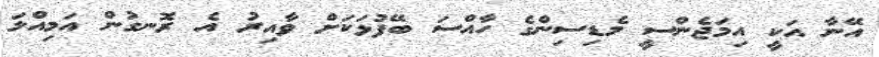
އޭނާ އަކީ އިމަޖެންސީ މެޑިސިންގެ ހާއްސަ ބޭފުޅަކަށް ވާއިރު އެ ރޮނގުން އަމިއްލަ